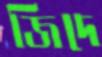
জিদে